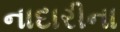
નાદારીના